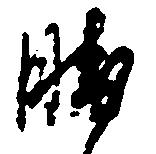
勝